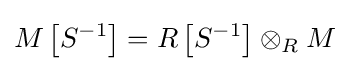
M\left[S^{-1}\right]=R\left[S^{-1}\right]\otimes _{R}M